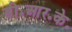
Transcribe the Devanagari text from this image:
डी॰आर॰के॰